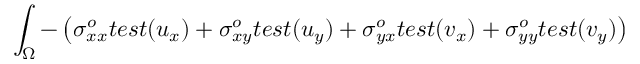
\int _ { \Omega } - \left( \sigma _ { x x } ^ { o } t e s t ( u _ { x } ) + \sigma _ { x y } ^ { o } t e s t ( u _ { y } ) + \sigma _ { y x } ^ { o } t e s t ( v _ { x } ) + \sigma _ { y y } ^ { o } t e s t ( v _ { y } ) \right)